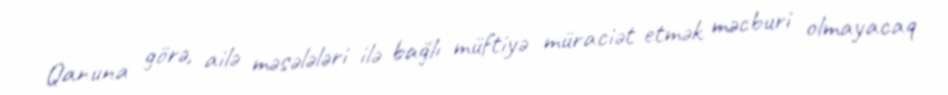
Qanuna görə, ailə məsələləri ilə bağlı müftiyə müraciət etmək məcburi olmayacaq